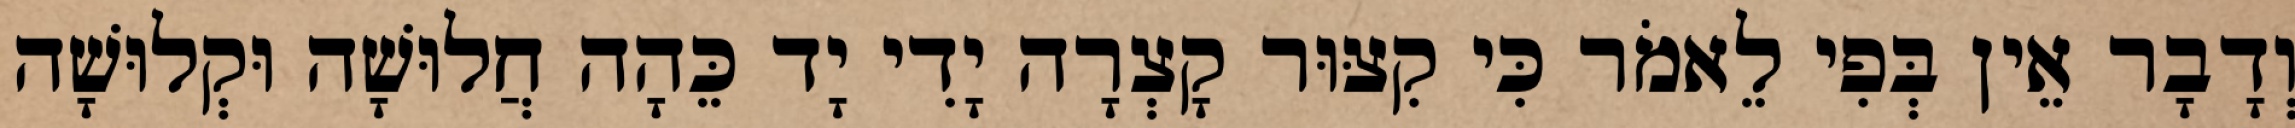
וְדָבָר אֵין בְּפִי לֵאמֹר כִּי קִצּוּר קָצְרָה יָדִי יָד כֵּהָה חֲלוּשָׁה וּקְלוּשָׁה